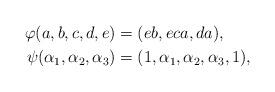
LaTeX: \begin{align*}\varphi(a,b,c,d,e)&=(eb,eca,da),\\\psi(\alpha_1,\alpha_2,\alpha_3)&=(1,\alpha_1,\alpha_2,\alpha_3,1),\end{align*}